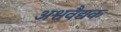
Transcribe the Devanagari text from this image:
अश्ववैद्यक